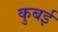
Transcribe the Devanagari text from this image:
कुबई